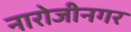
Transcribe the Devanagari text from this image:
नारोजीनगर